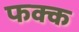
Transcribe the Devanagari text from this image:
फक्क